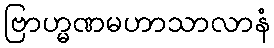
ဗြာဟ္မဏမဟာသာလာနံ